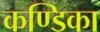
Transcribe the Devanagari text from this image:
कण्‍डिका